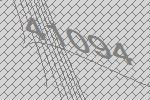
41094